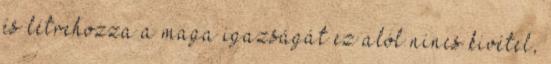
és létrehozza a maga igazságát ez alól nincs kivétel,